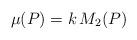
LaTeX: \begin{align*}\mu (P) = k \, M_2(P)\end{align*}